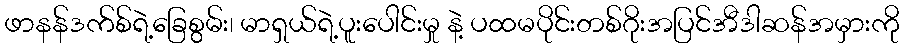
ဖာနန်ဒက်စ်ရဲ့ခြေစွမ်း၊ မာရှယ်ရဲ့ပူးပေါင်းမှု နဲ့ ပထမပိုင်းတစ်ဂိုးအပြင်အီဒါဆန်အမှားကို